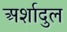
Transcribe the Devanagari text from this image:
अर्शादुल